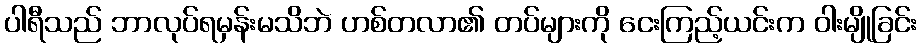
ပါရီသည် ဘာလုပ်ရမှန်းမသိဘဲ ဟစ်တလာ၏ တပ်များကို ငေးကြည့်ယင်းက ဝါးမျိုခြင်း